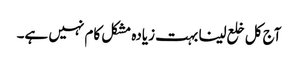
آج کل خلع لینا بہت زیادہ مشکل کام نہیں ہے۔